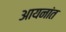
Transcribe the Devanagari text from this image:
आयनांत